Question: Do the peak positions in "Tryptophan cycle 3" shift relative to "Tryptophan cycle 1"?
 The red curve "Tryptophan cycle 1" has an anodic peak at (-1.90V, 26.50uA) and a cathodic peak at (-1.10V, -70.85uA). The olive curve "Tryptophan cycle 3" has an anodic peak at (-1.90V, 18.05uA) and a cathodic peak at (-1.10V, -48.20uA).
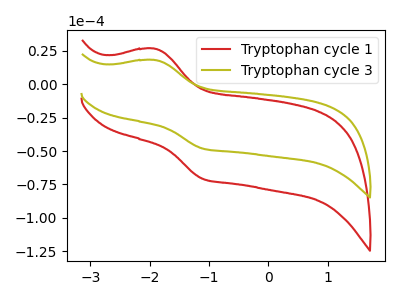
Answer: <think>All the peaks in "Tryptophan cycle 3" have a peak in "Tryptophan cycle 1" at the same potential. Every peak in "Tryptophan cycle 3" is lower than every peak in "Tryptophan cycle 1".
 </think>
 <answer>No, "Tryptophan cycle 3" and "Tryptophan cycle 1" don't appear to be significantly different in shape</answer>
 <eval>no_change</eval>